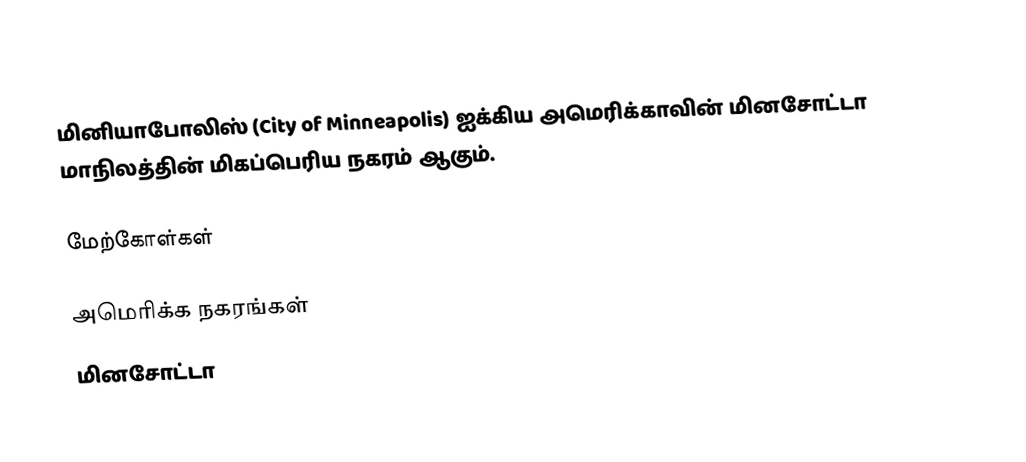
மினியாபோலிஸ் (City of Minneapolis) ஐக்கிய அமெரிக்காவின் மினசோட்டா மாநிலத்தின் மிகப்பெரிய நகரம் ஆகும்.

மேற்கோள்கள்

அமெரிக்க நகரங்கள்
மினசோட்டா